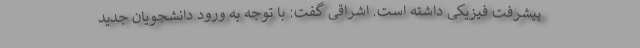
پیشرفت فیزیکی داشته است. اشراقی گفت: با توجه به ورود دانشجویان جدید